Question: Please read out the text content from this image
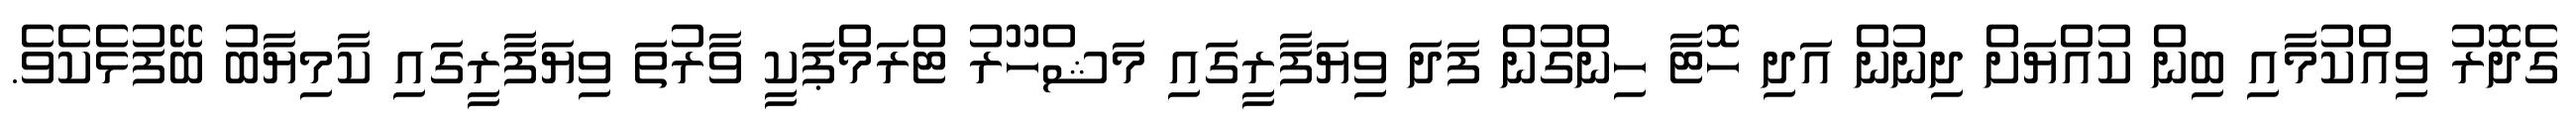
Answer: ގެދޮރު ވިއްކުމާއި ބިން ކުއްޔަށް ދިނުން އަދި ހޮޓާ ހިންގުން ފަދަ ވިޔަފާރީގައި މަޝްހޫރު ޓްރަމްޕަކީ ވާރުތަ ވިޔަފާރީގައި ކާމިޔާބު ބޭފުޅެކެވެ.